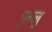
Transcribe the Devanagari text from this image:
गुल्लु